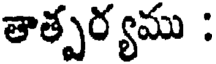
తాత్పర్యము :